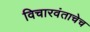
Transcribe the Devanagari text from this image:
विचारवंताचेच